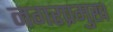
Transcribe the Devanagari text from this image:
नगरप्रमुख